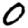
Digit: 0